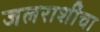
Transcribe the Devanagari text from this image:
जलराशींचा